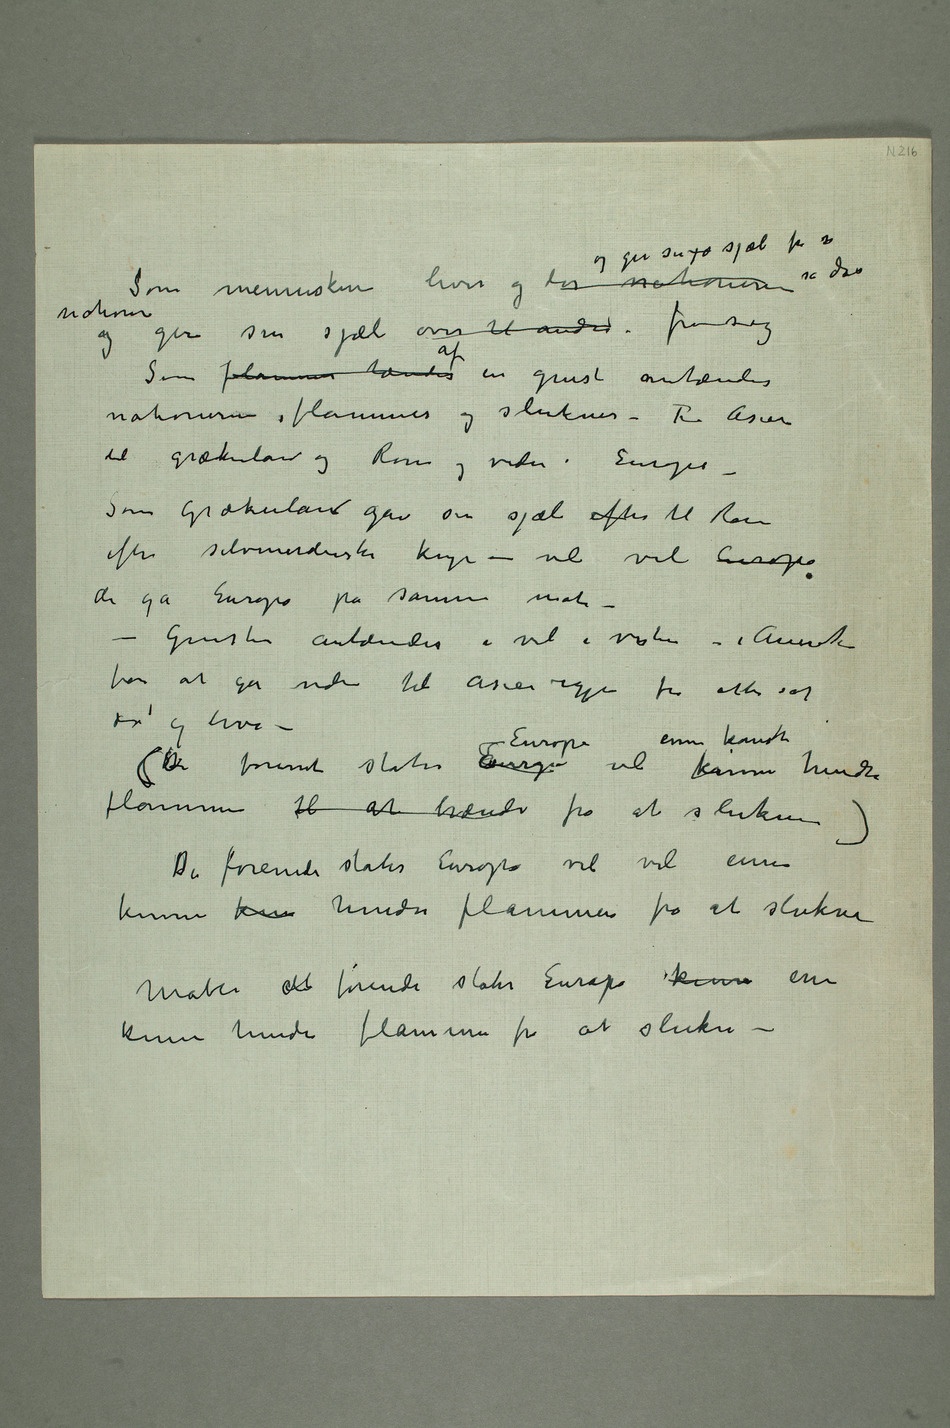
Som menneskene lever og dør nationerne og gir sin sjæl fra sig så dør
nationer
og gir sin sjæl over til andre fra sig
Som flammer tændes af en gnist antændes
nationerne, flammes og sluknes – Fra Asien
til Grækenland og Rom og videre i Europa –
Som Grækenland gav sin sjæl efter til Rom
efter selvmorderiske kriger – vil vel Europa
de gå Europa på samme måte –
– Gnisten antændes i vel i vesten – i Amerika
for at gå videre til Asien igjen for atter at
dø og leve –
(De forenede stater Europa Europa vil ennu kanskje kunne hindre
flammen til at brænde fra at slukne)
De forenede stater Europa vil vel ennu
kunne kun hindre flammen fra at slukne
Måtte detde forenede stater Europa kun enn
kunne hindre flammen fra at slukne –